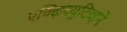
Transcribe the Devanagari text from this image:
एक्झिक्युटिव्हने